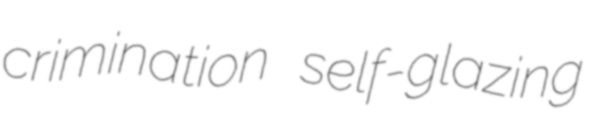
crimination self-glazing